Civil Veterinary Dept. North-West Frontier Province 1901-22 - 1901-1922
Year: 1901
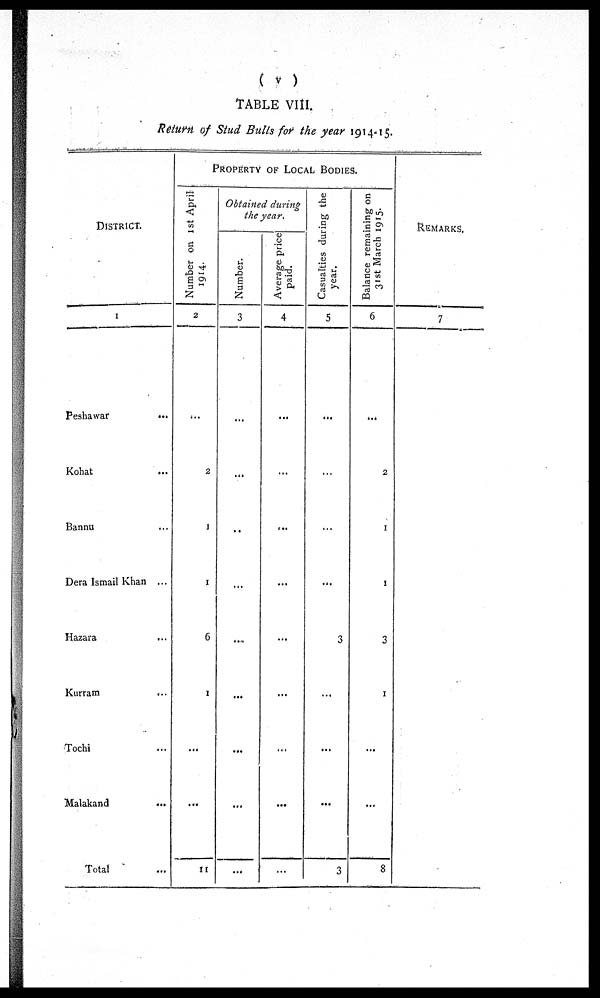
(v)
TABLE VIII.
Return of Stud Bulls for the year 1914-15.
DISTRICT.
1
Peshawar
...
Kohat ...
Bannu ...
Dera Ismail Khan ...
Hazara ...
Kurram ...
Tochi ...
Malakand ...
Total …
PROPERTY OF LOCAL BODIES.
Number on 1st April
1914.
2
…
2
1
1
6
1
...
...
11
Obtained during
the year.
Number.
3
…
...
...
...
...
...
...
...
...
Average price
paid.
4
…
...
...
...
…
...
...
...
...
Casualties during the
year.
5
…
...
...
...
3
...
...
...
3
Balance remaining on
31st
March 1915.
6
…
2
1
1
3
1
...
...
8
REMARKS.
7